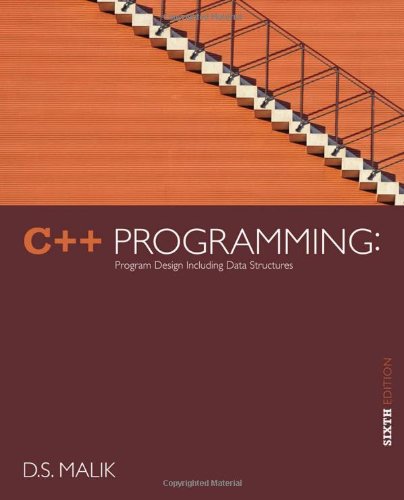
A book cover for C++ Programming: Program Design Including Data Structures, 6th Edition; D. S. Malik; Computers & Technology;